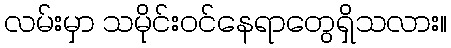
လမ်းမှာ သမိုင်းဝင်နေရာတွေရှိသလား။